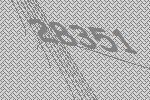
28351